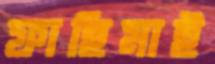
ফাহিমাই